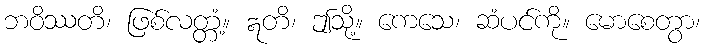
ဘဝိဿတိ၊ ဖြစ်လတ္တံ့။ ဣတိ၊ ဤသို့။ ကေသေ၊ ဆံပင်ကို။ မောစေတွာ၊